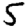
Digit: 5